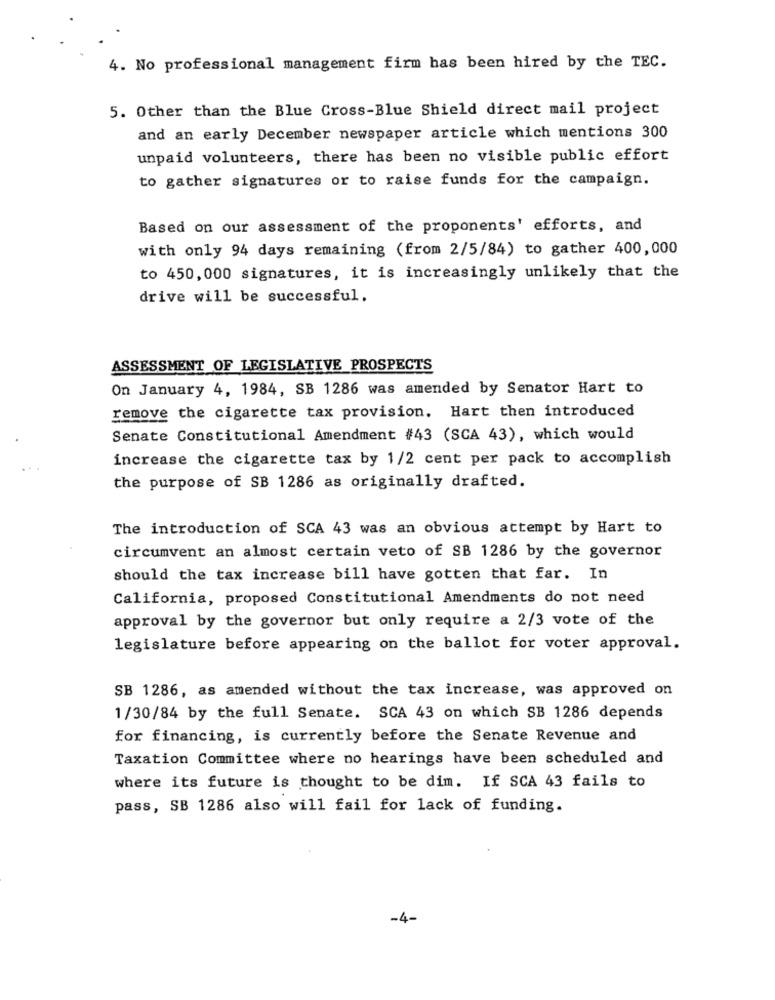
4. No professional management firm has been hired by the TEC.
5. Other than the Blue Cross-Blue Shield direct mail project
and an early December newspaper article which mentions 300
unpaid volunteers, there has been no visible public effort
to gather signatures or to raise funds for the campaign.
Based on our assessment of the proponents' efforts, and
with only 94 days remaining (from 2/5/84) to gather 400,000
to 450,000 signatures, it is increasingly unlikely that the
drive will be successful.
ASSESSMENT OF LEGISLATIVE PROSPECTS
On January 4, 1984, SB 1286 was amended by Senator Hart to
remove the cigarette tax provision. Hart then introduced
Senate Constitutional Amendment #43 (SCA 43), which would
increase the cigarette tax by 1/2 cent per pack to accomplish
the purpose of SB 1286 as originally drafted.
The introduction of SCA 43 was an obvious attempt by Hart to
circumvent an almost certain veto of SB 1286 by the governor
should the tax increase bill have gotten that far. In
California, proposed Constitutional Amendments do not need
approval by the governor but only require a 2/3 vote of the
legislature before appearing on the ballot for voter approval.
SB 1286, as amended without the tax increase, was approved on
1/30/84 by the full Senate. SCA 43 on which SB 1286 depends
for financing, is currently before the Senate Revenue and
Taxation Committee where no hearings have been scheduled and
where its future is thought to be dim. If SCA 43 fails to
pass, SB 1286 also will fail for lack of funding.
-4-